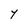
Character: Y